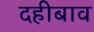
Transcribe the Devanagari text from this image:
दहीबाव